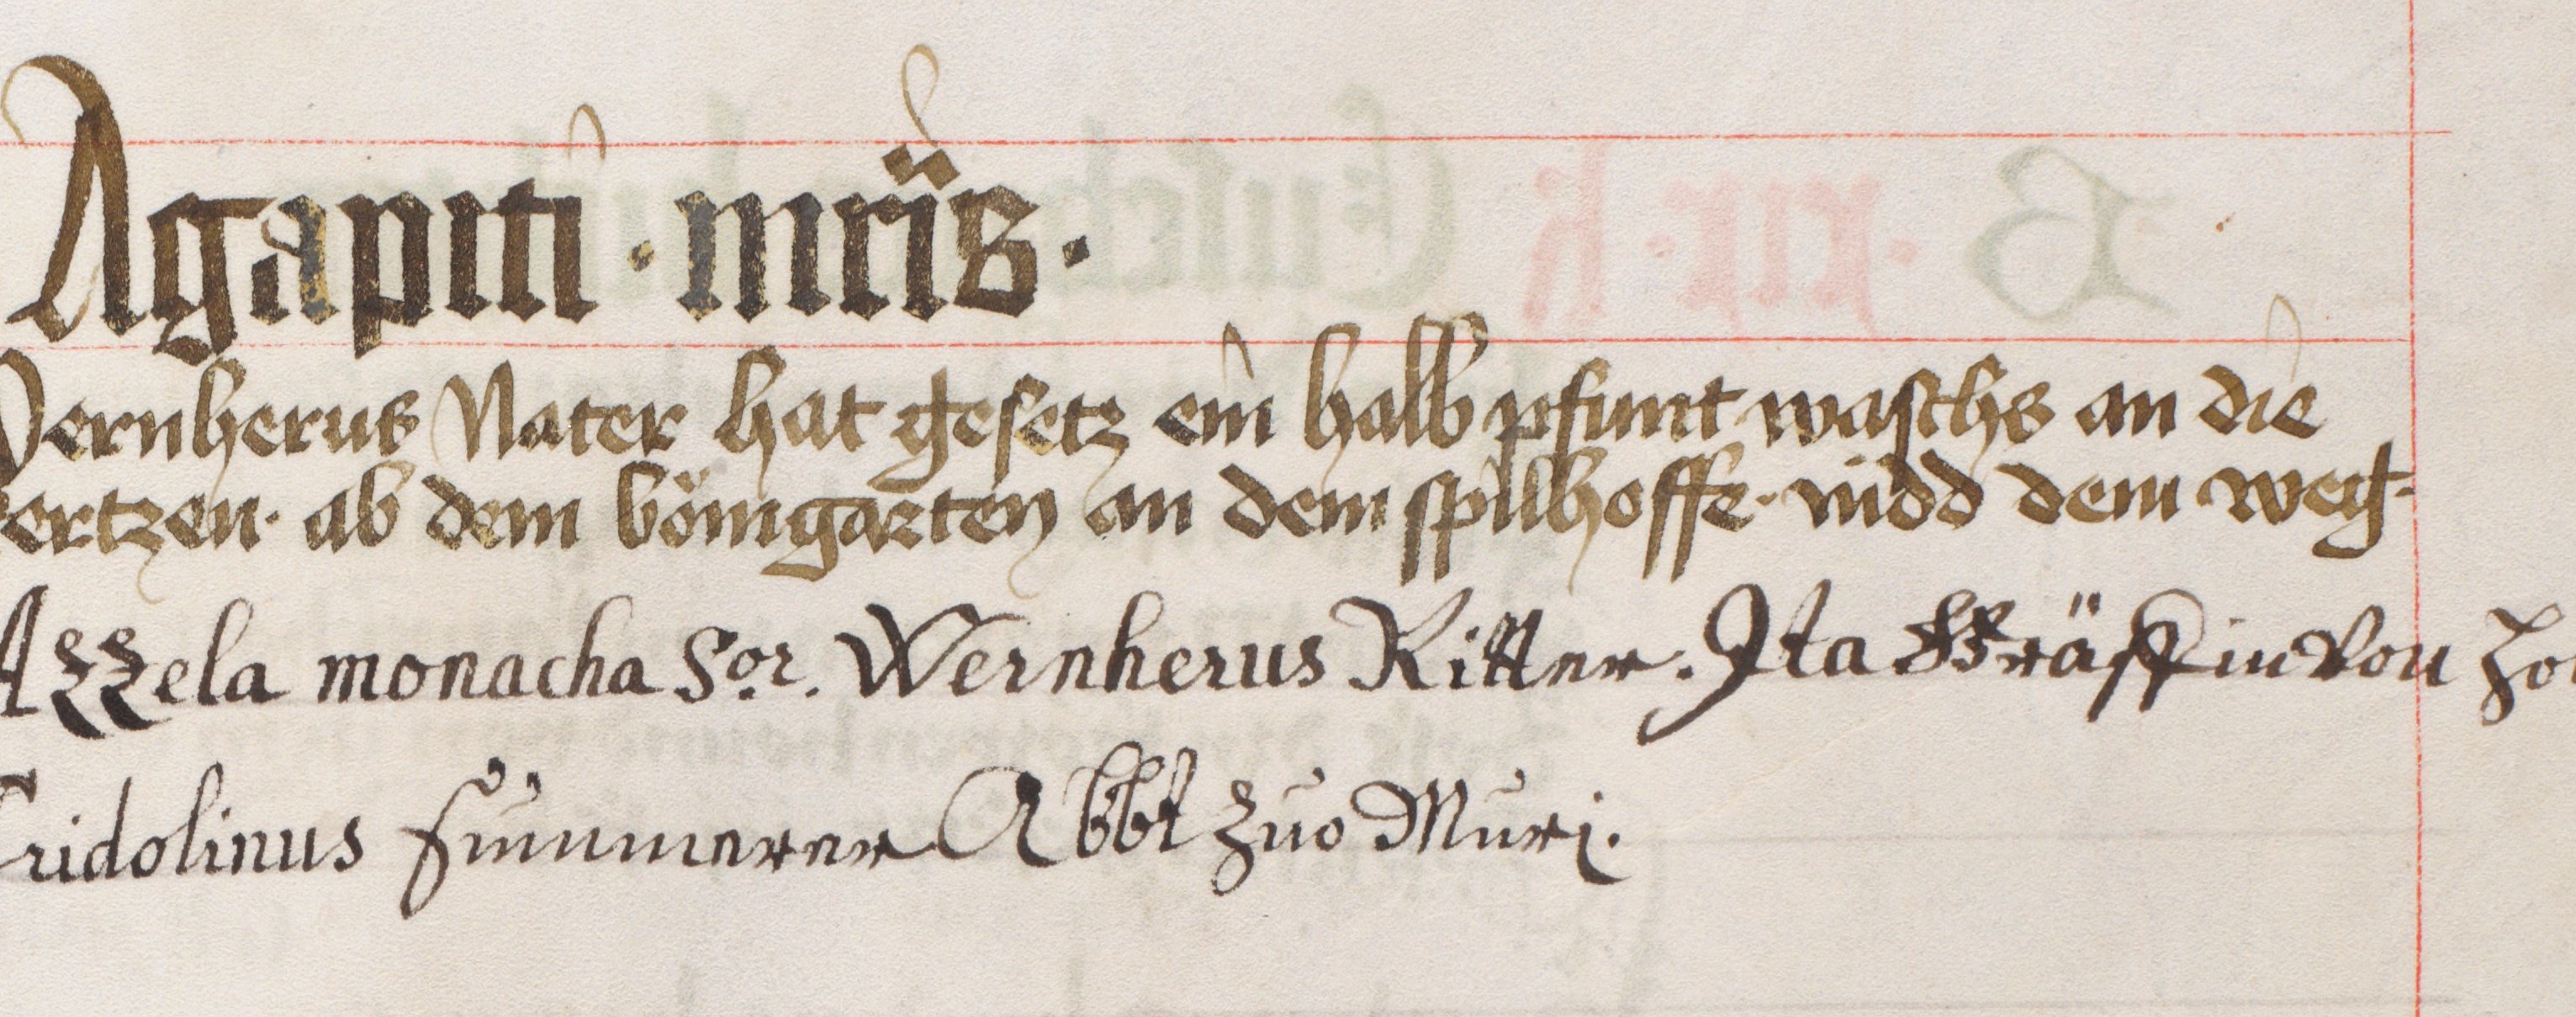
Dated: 1441–1441